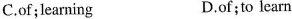
C.of;learning D.of;to learn